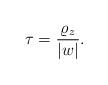
LaTeX: \begin{align*}\tau = \frac{\varrho _z }{|w|}.\end{align*}